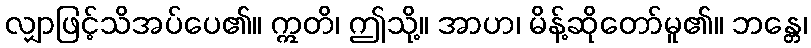
လျှာဖြင့်သိအပ်ပေ၏။ ဣတိ၊ ဤသို့။ အာဟ၊ မိန့်ဆိုတော်မူ၏။ ဘန္တေ၊